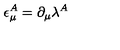
\epsilon _ { \mu } ^ { A } = \partial _ { \mu } \lambda ^ { A }